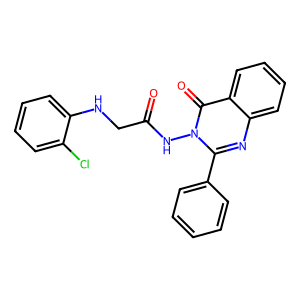
SMILES: O=C(CNc1ccccc1Cl)Nn1c(-c2ccccc2)nc2ccccc2c1=O
Inhibits HIV replication: No